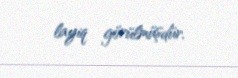
layiq görülmüşdür.